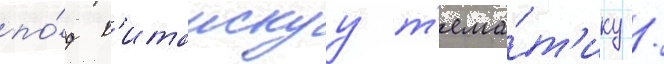
по́д к'итаискуу т'ема́т'ику /